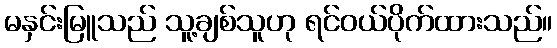
မနှင်းမြူသည် သူ့ချစ်သူဟု ရင်ဝယ်ပိုက်ထားသည်။